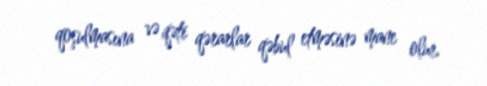
qoşulmasına və qəti qərarlar qəbul etməsinə mane olur.